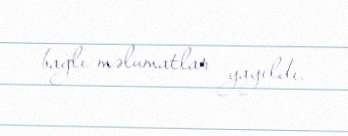
bağlı məlumatlar yayıldı.